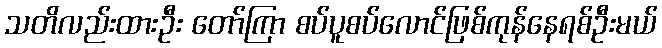
သတိလည်းထားဦး တော်ကြာ စပ်ပူစပ်လောင်ဖြစ်ကုန်နေရစ်ဦးမယ်